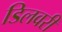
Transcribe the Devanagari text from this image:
डिलवरी